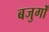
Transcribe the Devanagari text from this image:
बजुर्गों